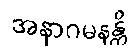
အနာဂမနန္တိ